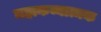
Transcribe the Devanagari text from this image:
महाकव्यात्मक